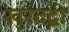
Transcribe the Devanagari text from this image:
खुर्रदद्बी